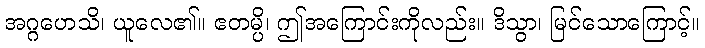
အဂ္ဂဟေသိ၊ ယူလေ၏။ ဧတမ္ပိ၊ ဤအကြောင်းကိုလည်း။ ဒိသွာ၊ မြင်သောကြောင့်။